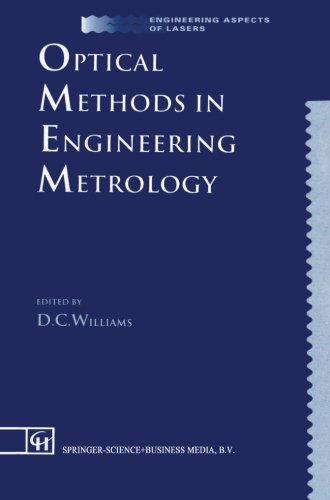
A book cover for Optical Methods in Engineering Metrology (Engineering Aspects of Lasers Series); Engineering & Transportation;